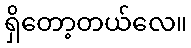
ရှိတော့တယ်လေ။